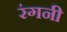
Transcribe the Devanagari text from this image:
रंगनी